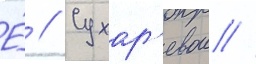
Е́ // Сухар'евои //